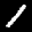
Label: 1